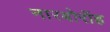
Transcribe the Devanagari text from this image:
नारबोरॉह